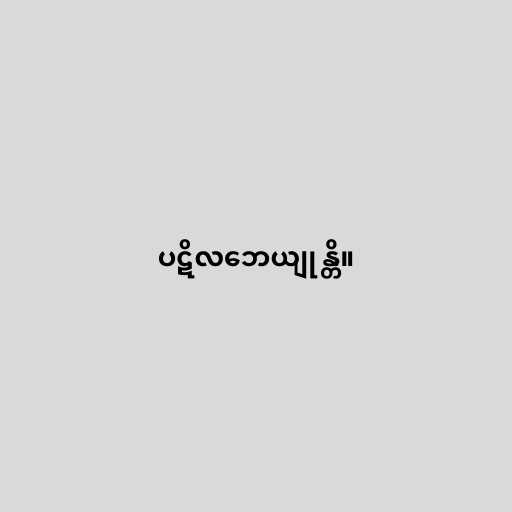
ပဋိလဘေယျုန္တိ။